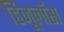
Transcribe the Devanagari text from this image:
हिजूलॉस